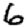
Digit: 6